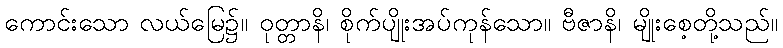
ကောင်းသော လယ်မြေ၌။ ဝုတ္တာနိ၊ စိုက်ပျိုးအပ်ကုန်သော။ ဗီဇာနိ၊ မျိုးစေ့တို့သည်။